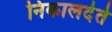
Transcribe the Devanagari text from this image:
निकालदेते